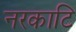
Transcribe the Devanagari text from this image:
नरकाटि